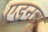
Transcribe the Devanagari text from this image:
एडनचा